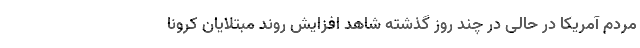
مردم آمریکا در حالی در چند روز گذشته شاهد افزایش روند مبتلایان کرونا